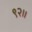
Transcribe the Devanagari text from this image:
९२।।